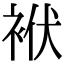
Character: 袱